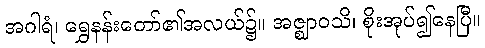
အဂါရံ၊ ရွှေနန်းတော်၏အလယ်၌။ အဇ္ဈာဝသိ၊ စိုးအုပ်၍နေပြီ။